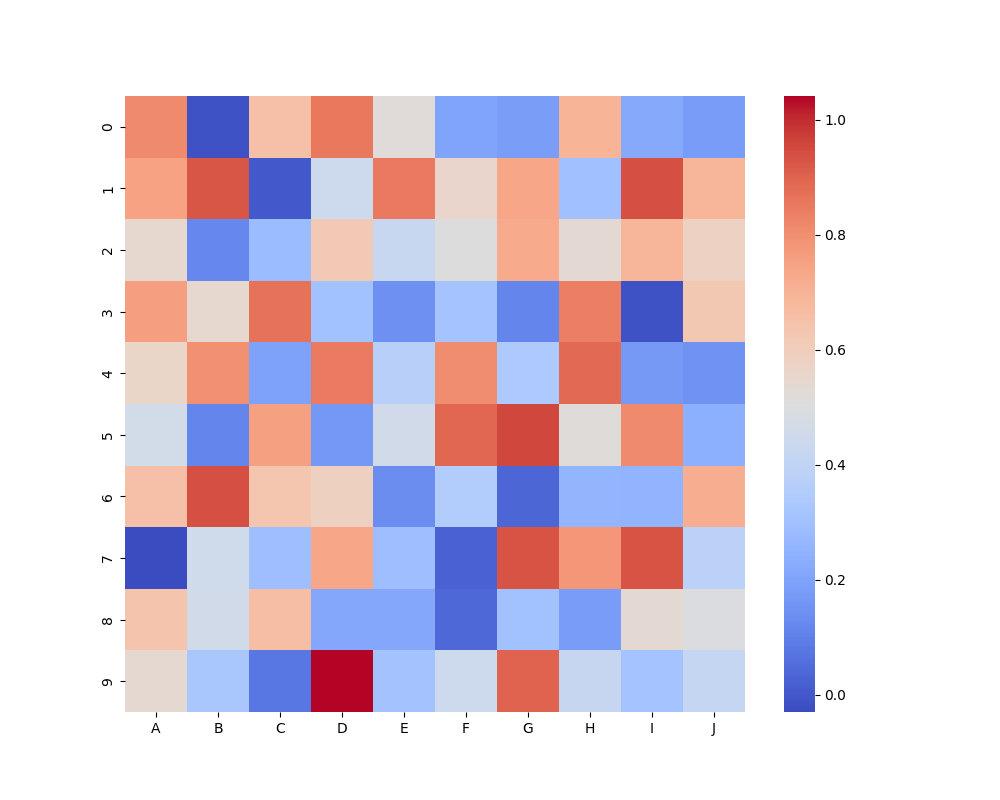
python, seaborn, heatmap, cmap='coolwarm', linewidths=0.0, center=none